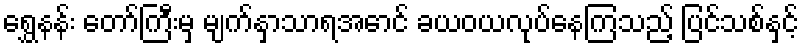
ရွှေနန်း တော်ကြီးမှ မျက်နှာသာရအောင် ခယဝယလုပ်နေကြသည့် ပြင်သစ်နှင့်